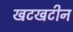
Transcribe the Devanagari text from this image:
खटखटीन